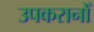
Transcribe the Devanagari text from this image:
उपकरानोँ